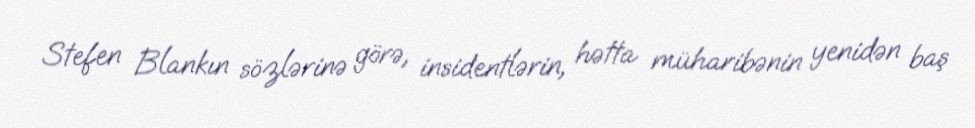
Stefen Blankın sözlərinə görə, insidentlərin, hətta müharibənin yenidən baş